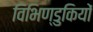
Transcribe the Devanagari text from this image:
विभिण्डुकियों